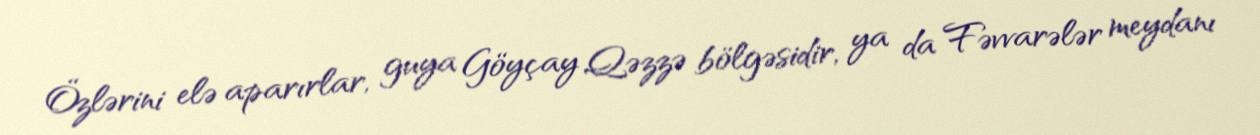
Özlərini elə aparırlar, guya Göyçay Qəzzə bölgəsidir, ya da Fəvvarələr meydanı